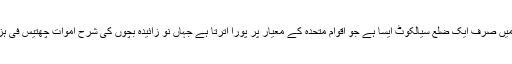
پنجاب میں صرف ایک ضلع سیالکوٹ ایسا ہے جو اقوام متحدہ کے معیار پر پورا اترتا ہے جہاں نو زائیدہ بچوں کی شرح اموات چھتیس فی ہزار ہے۔